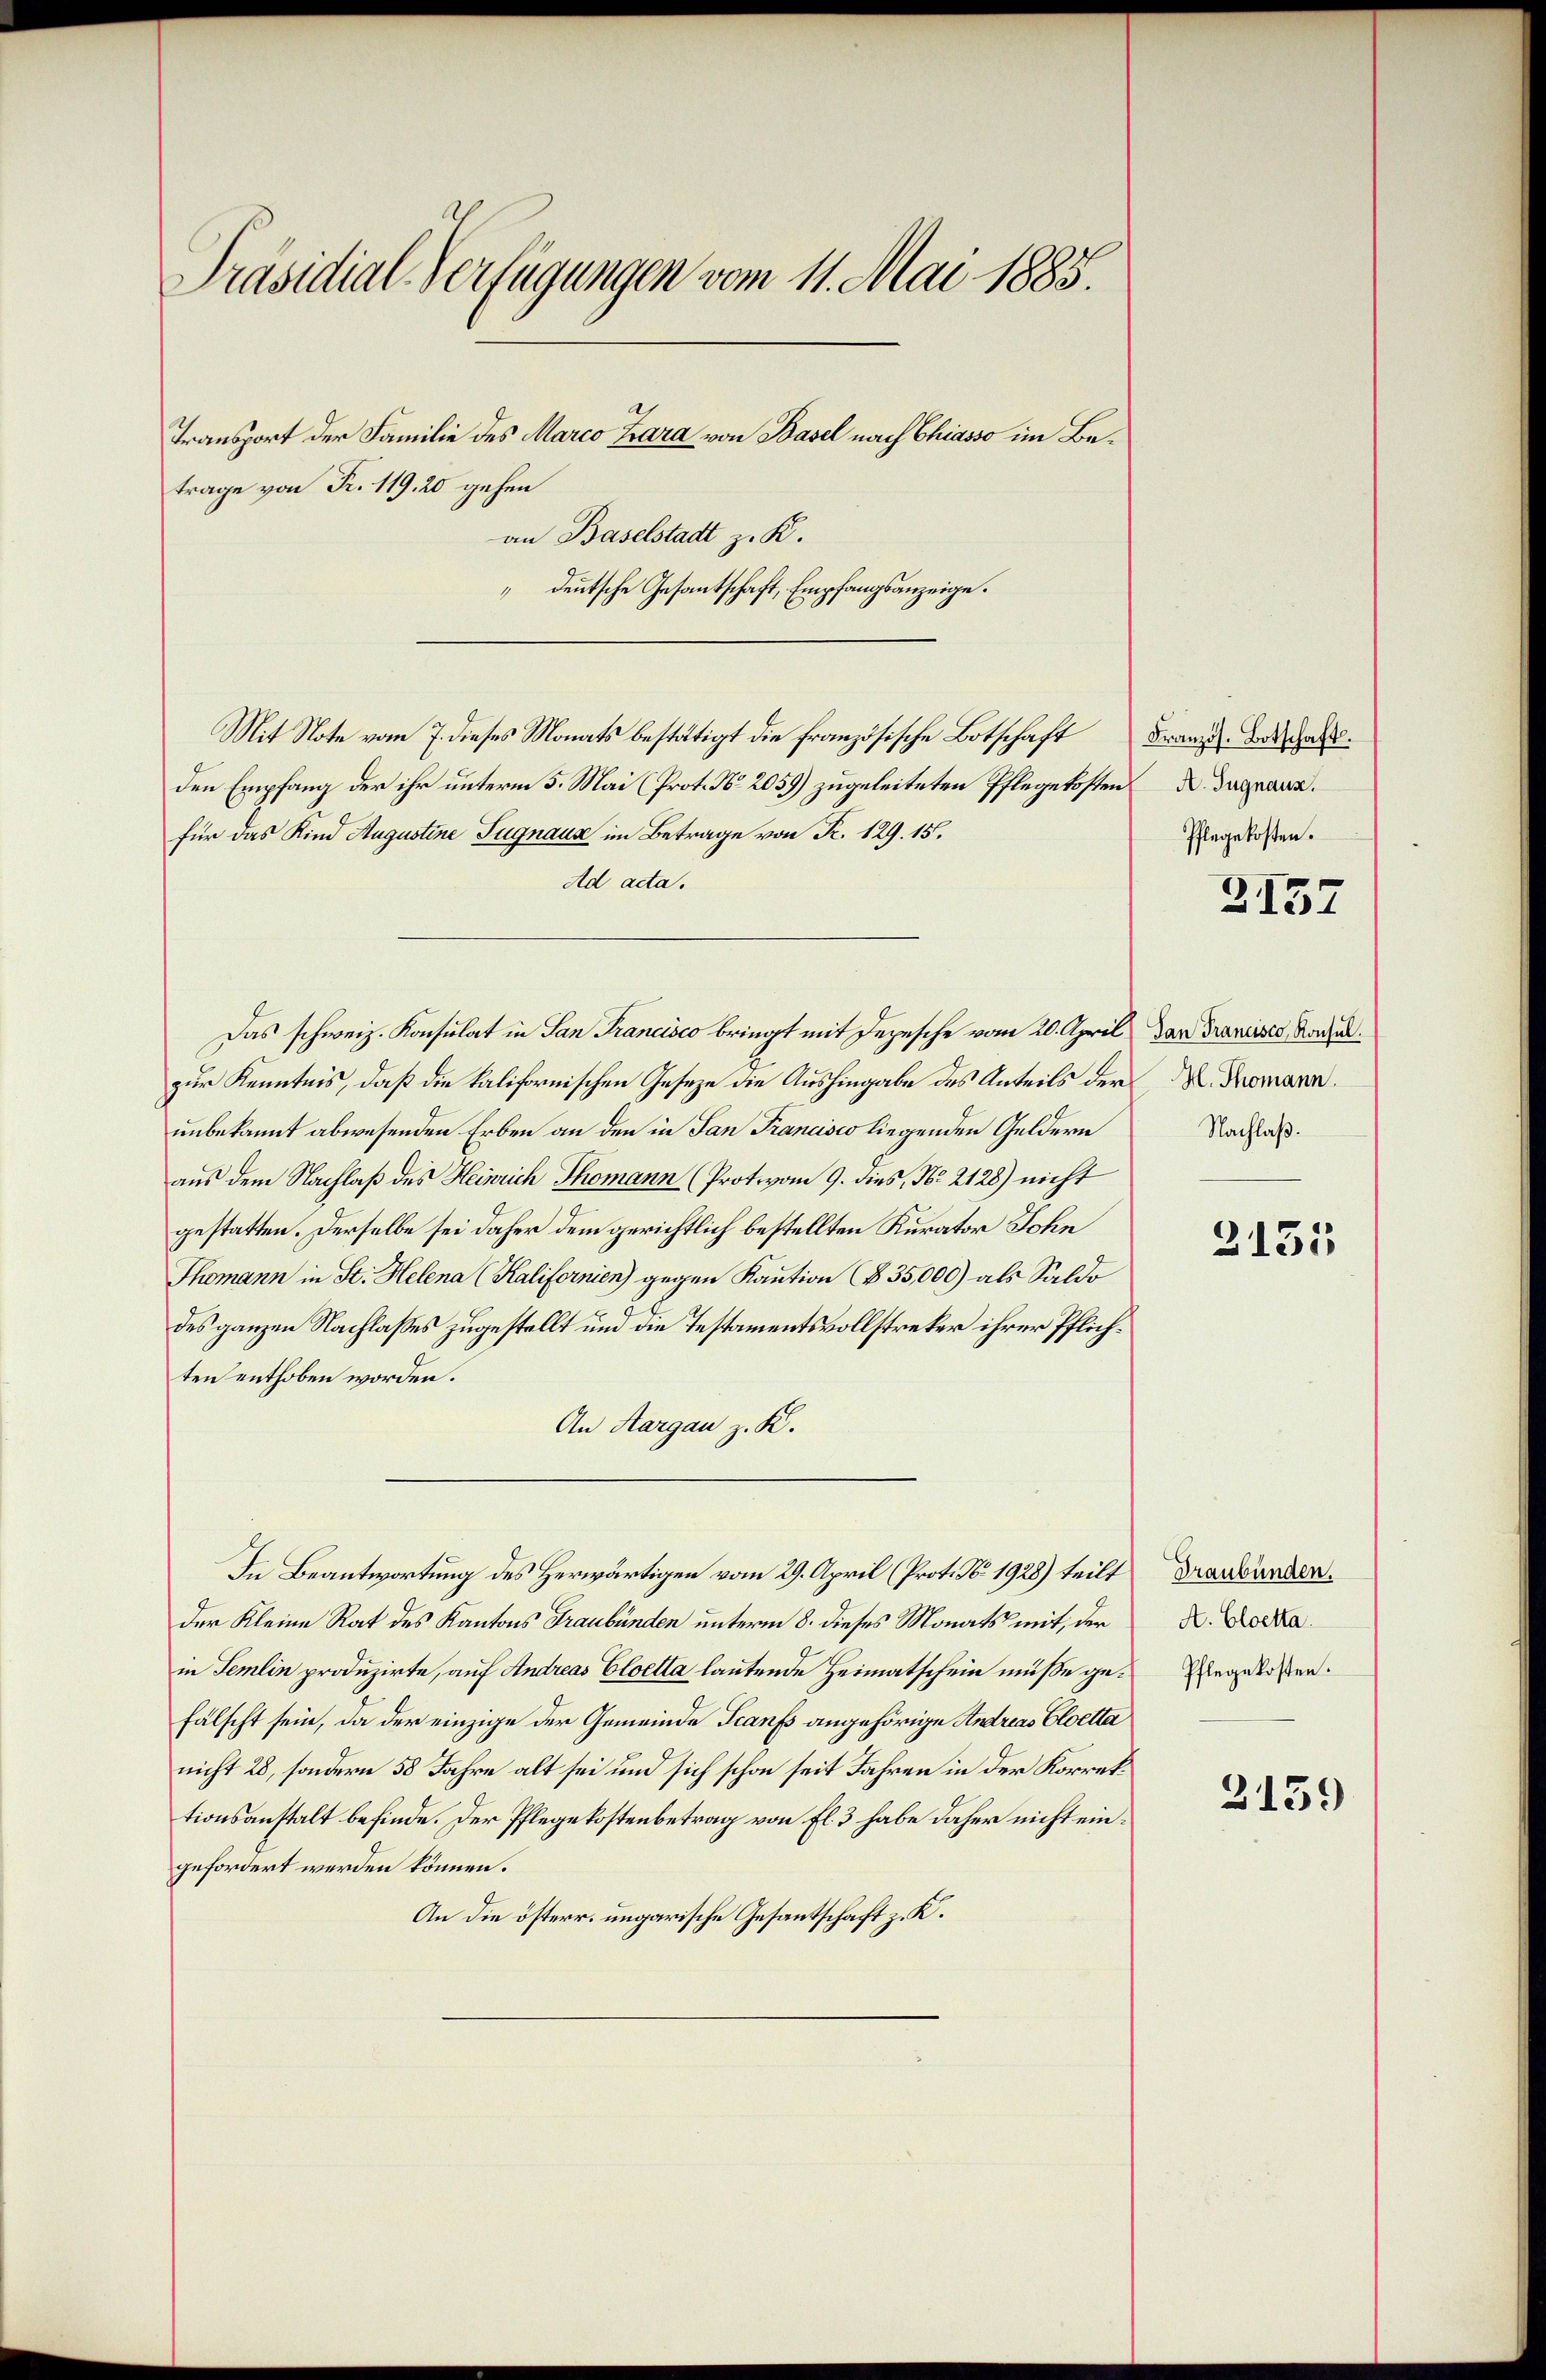
Präsidial-Verfügungen vom 11. Mai 1885.
Transport der Familie des Marco Zara von Basel nach Chiasso im Betrage von Fr. 119, 20 gehen

an Baselstadt z. K.
deutsche Gesantschaft, Empfangsanzeige.

Mit Note vom 7. dieses Monats bestätigt die französische Botschaft

den Empfang der ihr unterm 5. Mai (Prot. No 2059) zugeleiteten Pflegekosten
für das Kind Augustine Signaux im Betrage von Fr. 129. 15.
Ad acta.
Das schweiz. Konsulat in San Francisco bringt mit Depesche vom 20. April dar Francisco Rachelzur Kenntnis, daß die kalifornischen Gesetze die Aushingabe des Anteils der Romann
unbekannt abwesenden Erben an den in San Francisco liegenden Geldern
aus dem Nachlaß des Heinrich Thomann (Prot. vom 9. dies, No. 2128) nicht
gestatten. Derselbe sei daher dem gerichtlich bestellten Kurator Sohn
Thomann in St. Helena (Kalifornien) gegen Kaution (§ 35,000) als Saldo
des ganzen Nachlasses zugestellt um die Testamentsvollstreker ihrer Pflichten enthoben worden.
An Aargau z. K.
In Beantwortung des Herwärtigen vom 29. April (Prot. No. 1928) teilt
der Kleine Rat des Kantons Graubünden unterm 8. dieses Monats mit, der
in Semlin produzirte, auf Andreas Cloetta lautende Heimatschein müße gefälscht sein, da der einzige der Gemeinde Franfs angehörige Andreas Cloetta
nicht 28, sondern 58 Jahre alt sei und sich schon seit Jahren in der Korrettionsanstalt befinde. Der Pflegekostenbetrag von fl. 3 habe daher nicht eingefordert werden können.
An die österr. ungarische Gesandtschaft z. K.

Französ. Botschaft.
A. Zugnaux.
Pflegekosten.

Z157

Nachlaß.

2155

Draubünden.
A. Cloetta.
Pflegekosten.

2159)